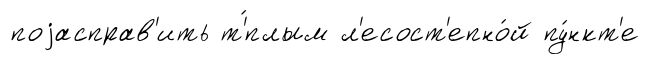
поjасправ'ить т'́плым л'есост'епно́й пу́нкт'е